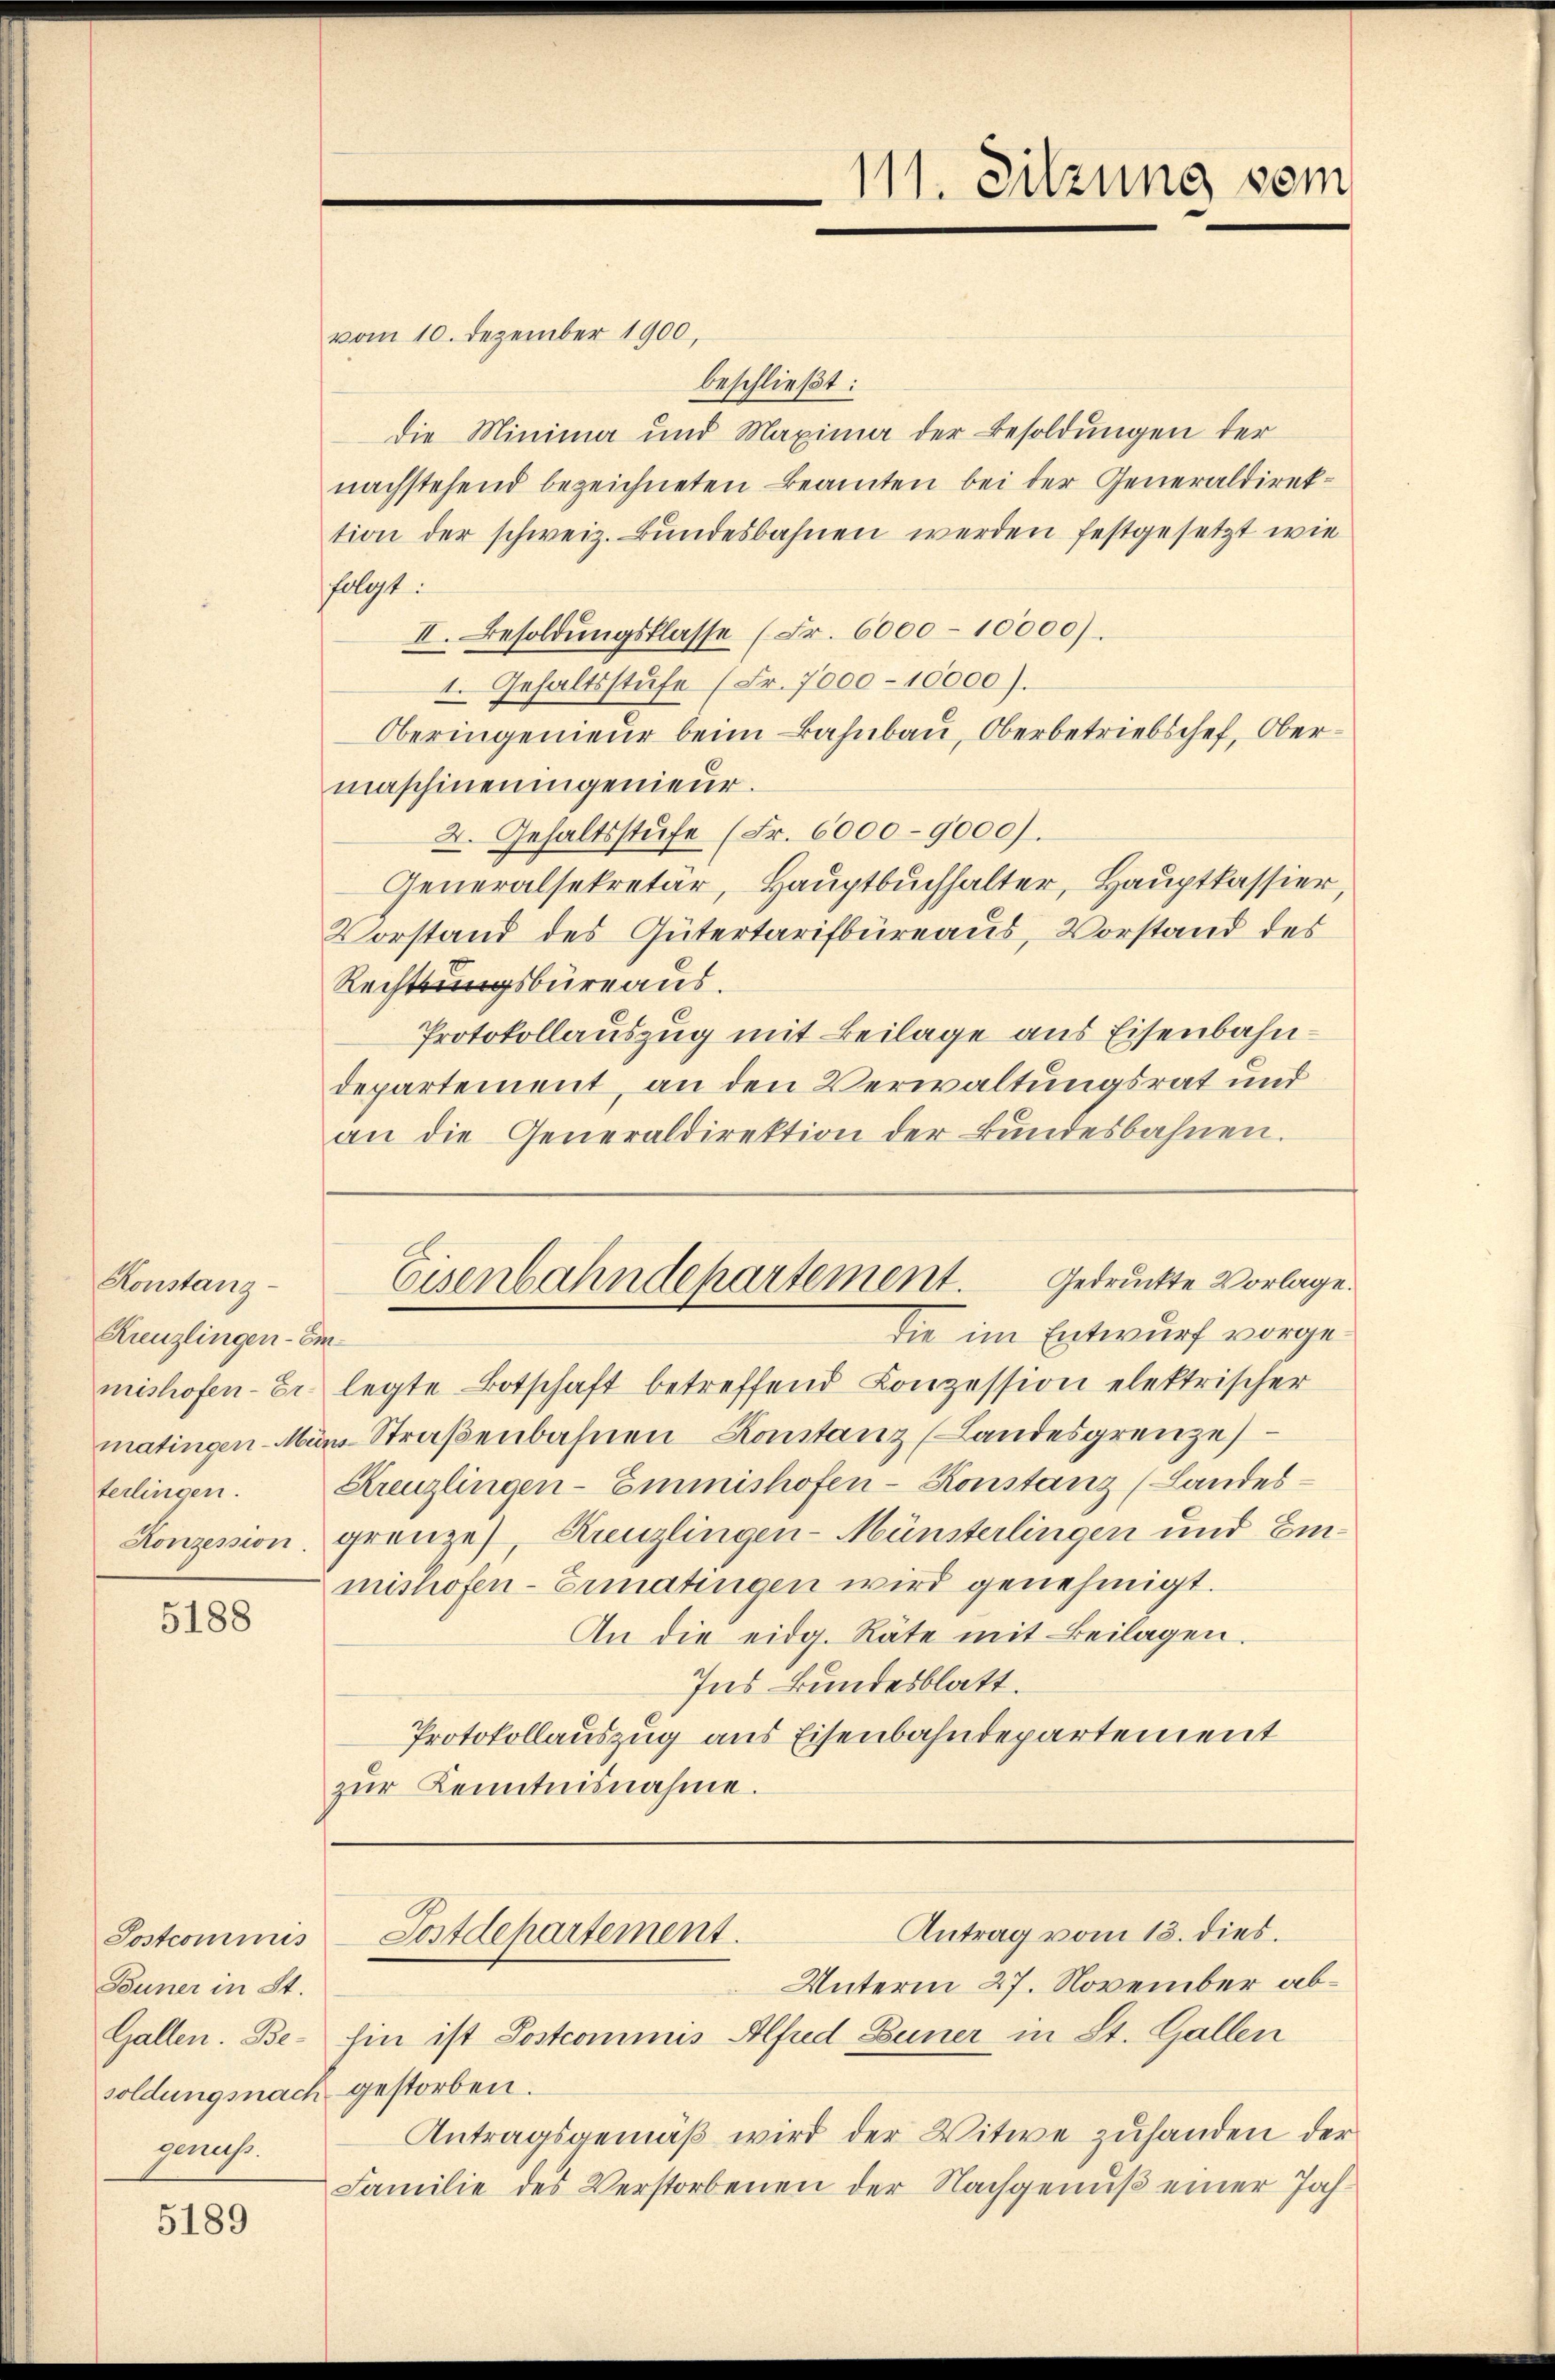
Konstanz¬
Kreuzlingen-Emmatingen-M
terlingen.

5188

Sostcommis
Douner in St.
Gallen. Begenuss.

5189

die im Entwurf vorgemishofen-Er. legte Botschaft betreffend Conzession elektrischer
vom Straßenbahnen Konstanz (Landesgrenze
Kreuzlingen-Emmishofen-Konstanz (Landes¬
Konzession, grenze, Kreuzlingen-Münsterlingen und Einmishofen-Ermatingen wird genehmigt.
An die eidg. Räte mit Beilagen.
Ins Bundesblatt.
Protokollauszug aus Eisenbahndepartement
zŭr Kenntnisnahme.

vom 10. Dezember 1900,
beschließt:
Die Minima und Maxima der Besoldungen der
nachstehend bezeichneten Beamten bei der Generaldirektion der schweiz. Bŭndesbahnen werden festgesetzt wie
felgt.
II. Besoldŭngsklasse (Fr. 6000 - 10000).
1. Gehaltsstufe (Fr. 7000 - 10000).
Oberingenieur beim Bahnbau, Oberbetriebschef, Obermaschineningenieur.
2. Gehaltsstufe (Fr. 6000-9000).
Generalsekretär, Hauptbuchhalter, Hauptkassier,
Vorstand des Gütertarifbüreaus, Vorstand des
Rechtungsbüreaus.
Protokollauszug mit Beilage aus Eisenbahndepartement, an den Verwaltungsrat und
an die Generaldirektion der Bŭndesbahnen.

Unterm 27. November abhin ist Postcommis Alfud Lüner in St. Gallen
soldungsnach gestorben.
Antragsgemäß wird der Witwe zuhanden der
Familie des Verstorbenen der Nachgenuß einer Jah¬

111. Sitzung vom

Gedruckte Vorlage.
Eisenbahndepartement.

Antrag vom 13. dies.
Sostdepartement.